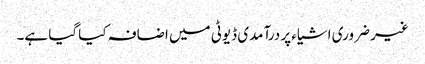
غیر ضروری اشیاء پر درآمدی ڈیوٹی میں اضافہ کیا گیا ہے۔